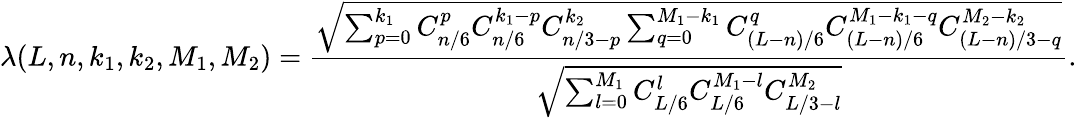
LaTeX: \lambda(L,n,k_{1},k_{2},M_{1},M_{2})=\frac{\sqrt{\sum_{p=0}^{k_{1}}C_{n/6}^{p}C_{n/6}^{k_{1}-p}C_{n/3-p}^{k_{2}}\sum_{q=0}^{M_{1}-k_{1}}C_{(L-n)/6}^{q}C_{(L-n)/6}^{M_{1}-k_{1}-q}C_{(L-n)/3-q}^{M_{2}-k_{2}}}}{\sqrt{\sum_{l=0}^{M_{1}}C_{L/6}^{l}C_{L/6}^{M_{1}-l}C_{L/3-l}^{M_{2}}}}.